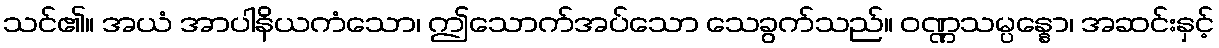
သင်၏။ အယံ အာပါနိယကံသော၊ ဤသောက်အပ်သော သေခွက်သည်။ ဝဏ္ဏသမ္ပန္နော၊ အဆင်းနှင့်